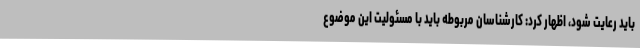
باید رعایت شود، اظهار کرد: کارشناسان مربوطه باید با مسئولیت این موضوع